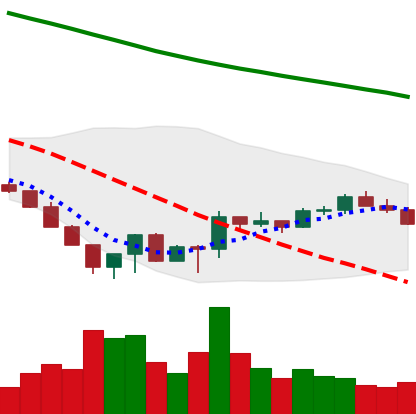
Ticker: LTC-USD
Chart end date: 2022-06-28
Forward return: -3.483%
Label: down_3_5